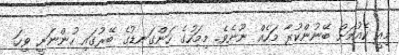
މިއީ ކެއުމަށް ބޭނުންކުރާ މަހެއް ނޫނެވެ. މިމަހުގެ ހަންގަނޑުގެ ބޭރުގައި ހުންނަނީ ވިހަ